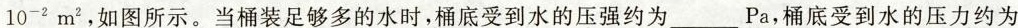
10^{-2}m^{2}，如图所示。当桶装足够多的水时，桶底受到水的压强约为___Pa，桶底受到水的压力约为